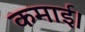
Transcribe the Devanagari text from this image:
कमाई।